Annual administration report of the Civil Veterinary Department of India - 1897-1898
Year: 1897
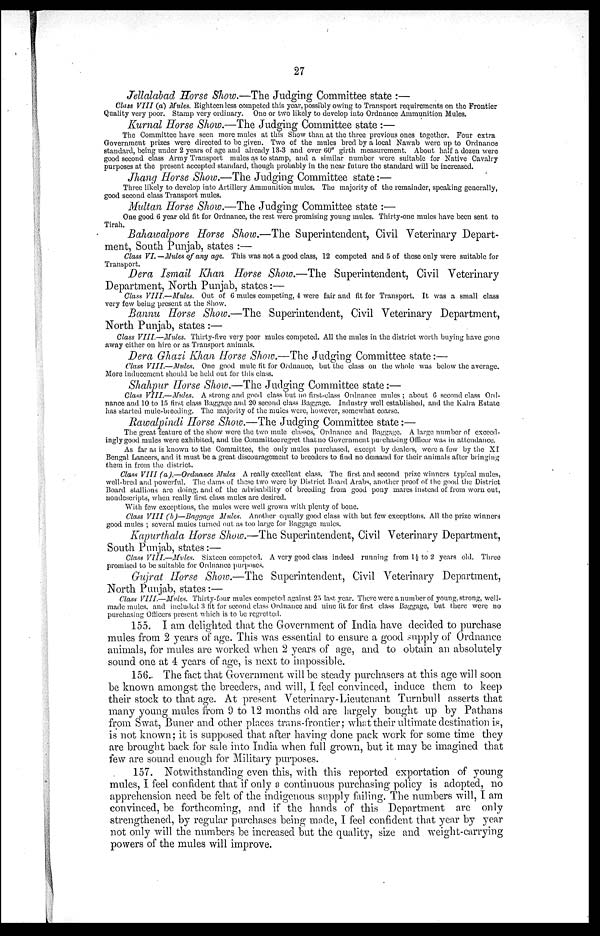
27
Jellaldbad Horse Show.—The Judging Committee state :—
Class VIII (a) Mules. Eighteen less competed this year, possibly owing to Transport requirements on the Frontier
Quality very poor. Stamp very ordinary. One or two likely to develop into Ordnance Ammunition Mules.
Kurnal Horse Show.—The Judging Committee state :—
The Committee have seen more mules at this Show than at the three previous ones together. Four extra
Government prizes were directed to be given. Two of the mules bred by a local Nawab were up to Ordnance
standard, being under 2 years of age and already 13-3 and over 60" girth measurement. About half a dozen were
good second class Army Transport mules as to stamp, and a similar number were suitable for Native Cavalry
purposes at the present accepted standard, though probably in the near future the standard will be increased.
Jhang Horse Show.—The Judging Committee state:—
Three likely to develop into Artillery Ammunition mules. The majority of the remainder, speaking generally,
good second class Transport mules.
Multan Horse Show.—The Judging Committee state :—
One good 6 year old fit for Ordnance, the rest were promising young mules. Thirty-one mules have been sent to
Tirah.
Bahawalpore Horse Show.—The Superintendent, Civil Veterinary Depart-
ment, South Punjab, states :—
Class VI.—Mules of any age. This was not a good class, 12 competed and 5 of these only were suitable for
Transport.
Dera Ismail Khan Horse Show.—The Superintendent, Civil Veterinary
Department, North Punjab, states:—
Class VIII.—Mules.
Out of 6 mules competing, 4 were fair and fit for Transport. It was a small class
very few being present at the Show.
Bannu Horse Show.—The Superintendent, Civil Veterinary Department,
North Punjab, states :—
Class VIII.—Mules. Thirty-five very poor mules competed. All the mules in the district worth buying have gone
away either on hire or as Transport animals.
Dera Ghazi Khan Horse Show.—The Judging Committee state:—
Class VIII.—Mules.
One good mule fit for Ordnance, but the class on the whole was below the average.
More inducement should be held out for this class.
Shahpur Horse Show.—The Judging Committee state:—
Class VIII.—Mules.
A strong and good class but no first-class Ordnance mules ; about 6 second class Ord-
nance and 10 to 15 first class Baggage and 20 second class Baggage. Industry well established, and the Kalra Estate
has started mule-breeding. The majority of the mules were, however, somewhat coarse.
Rawalpindi Horse Show.—The Judging Committee state:—
The great feature of the show were the two mule classes, Ordnance and Baggage. A large number of exceed-
ingly good mules were exhibited, and the Committee regret that no Government purchasing Officer was in attendance.
As far as is known to the Committee, the only mules purchased, except by dealers, were a few by the XI
Bengal Lancers, and it must be a great discouragement to breeders to find no demand for their animals after bringing
them in from the district.
Class VIII (a),—Ordnance Mules A really excellent class. The first and second prize winners typical mules,
well-bred and powerful. The dams of those two were by District Board Arabs, another proof of the good the District
Board stallions are doing, and of the advisability of breeding from good pony mares instead of from worn out,
nondescripts, when really first class mules are desired.
With few exceptions, the mules were well grown with plenty of bone.
Class VIII (b)—Baggage Mules. Another equally good class with but few exceptions. All the prize winners
good mules ; several mules turned out as too large for Baggage mules.
Kapurthala Horse Show.—The Superintendent, Civil Veterinary Department,
South Punjab, states:—
Class VIII.—Mules.
Sixteen competed. A very good class indeed running from 1½ & to 2 years old. Three
promised to be suitable for Ordnance purposes.
Gujrat Horse Show.—The Superintendent, Civil Veterinary Department,
North Punjab, states:—
Class VIII.—Mules. Thirty-four mules competed against 25 last year. There were a number of young, strong, well-
made mules, and included 3 fit for second class Ordnance and nine fit for first class Baggage, but there were no
purchasing Officers present which is to be regretted.
155. I am delighted that the Government of India have decided to purchase
mules from 2 years of age. This was essential to ensure a good supply of Ordnance
animals, for mules are worked when 2 years of age, and to obtain an absolutely
sound one at 4 years of age, is next to impossible.
156. The fact that Government will be steady purchasers at this age will soon
be known amongst the breeders, and will, I feel convinced, induce them to keep
their stock to that age. At present Veterinary-Lieutenant Turnbull asserts that
many young mules from 9 to 12 months old are largely bought up by Pathans
from Swat, Buner and other places trans-frontier; what their ultimate destination is,
is not known; it is supposed that after having done pack work for some time they
are brought back for sale into India when full grown, but it may be imagined that
few are sound enough for Military purposes.
157. Notwithstanding even this, with this reported exportation of young
mules, I feel confident that if only a continuous purchasing policy is adopted, no
apprehension need be felt of the indigenous supply failing. The numbers will, I am
convinced, be forthcoming, and if the hands of this Department are only
strengthened, by regular purchases being made, I feel confident that year by year
not only will the numbers be increased but the quality, size and weight-carrying
powers of the mules will improve.